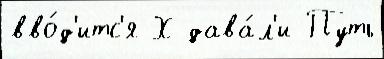
вво́д'итс'я Х дава́л'и Путь